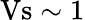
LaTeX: \mathrm{Vs}\sim 1